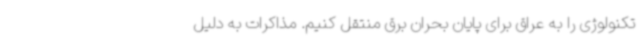
تکنولوژی را به عراق برای پایان بحران برق منتقل کنیم. مذاکرات به دلیل